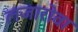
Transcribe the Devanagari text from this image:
लजारोवा